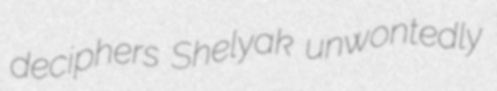
deciphers Shelyak unwontedly